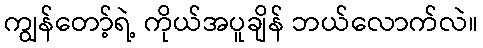
ကျွန်တော့်ရဲ့ ကိုယ်အပူချိန် ဘယ်လောက်လဲ။